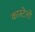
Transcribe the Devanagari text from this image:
कास्टेलो